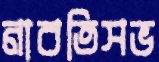
নাবতিসভ